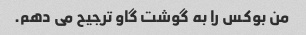
من بوکس را به گوشت گاو ترجیح می دهم.